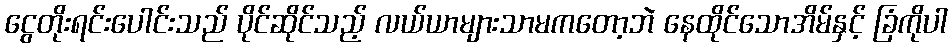
ငွေတိုးရင်းပေါင်းသည် ပိုင်ဆိုင်သည့် လယ်ယာများသာမကတော့ဘဲ နေထိုင်သောအိမ်နှင့် ခြံကိုပါ